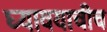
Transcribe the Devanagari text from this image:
घ्यावयाचीच